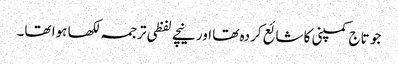
جو تاج کمپنی کا شائع کردہ تھا اور نیچے لفظی ترجمہ لکھا ہوا تھا۔